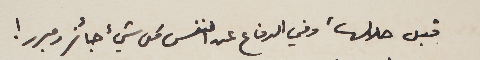
قبل حلالها، وفي الدفاع عن النفس كل شيء جائز ومبرر!